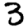
Digit: 3